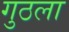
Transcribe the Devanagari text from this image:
गुठला